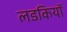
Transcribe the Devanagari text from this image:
लडकियॉ